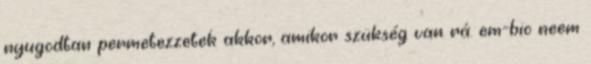
nyugodtan permetezzetek akkor, amikor szükség van rá. em-bio neem